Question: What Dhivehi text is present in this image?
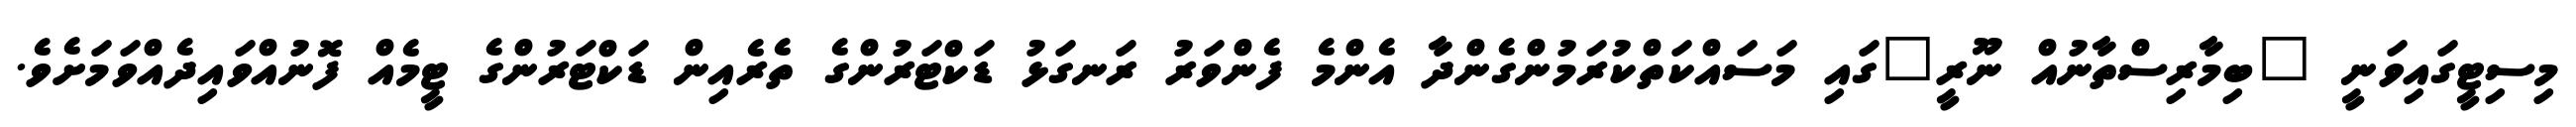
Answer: މިސިޓީގައިވަނީ "ބިމާރިސްތާނުއް ނޫރީ"ގައި މަސައްކަތްކުރަމުންގެންދާ އެންމެ ފެންވަރު ރަނގަޅު ޑަކްޓަރުންގެ ތެރެއިން ޑަކްޓަރުންގެ ޓީމެއް ފޮނުއްވައިދެއްވަމަށެވެ.